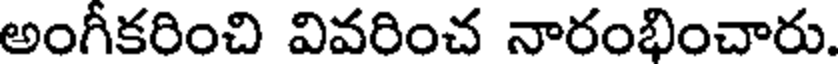
అంగీకరించి వివరించ నారంభించారు.